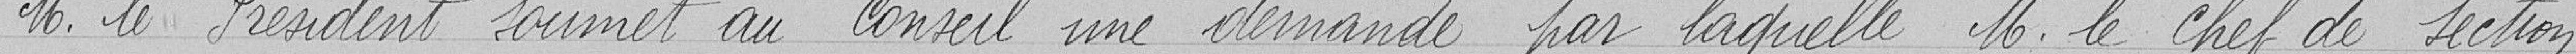
Monsieur le Président soumet au Conseil une demande par laquelle Monsieur le chef de section